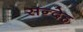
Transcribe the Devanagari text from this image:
सन्‍देह